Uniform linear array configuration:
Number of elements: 4
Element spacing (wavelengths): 1
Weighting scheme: binomial
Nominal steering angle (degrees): -60
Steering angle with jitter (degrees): -59.917
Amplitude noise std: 0.05
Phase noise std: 0.05

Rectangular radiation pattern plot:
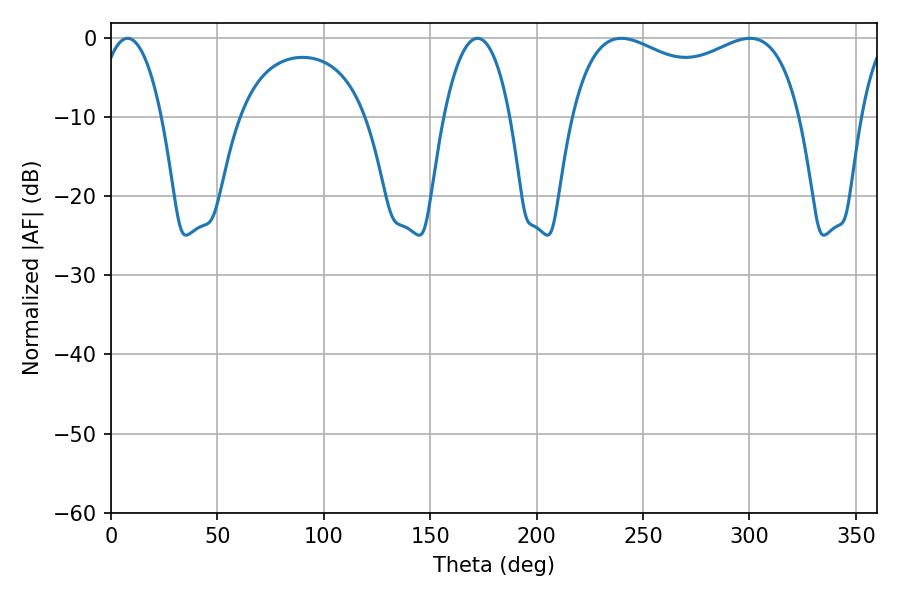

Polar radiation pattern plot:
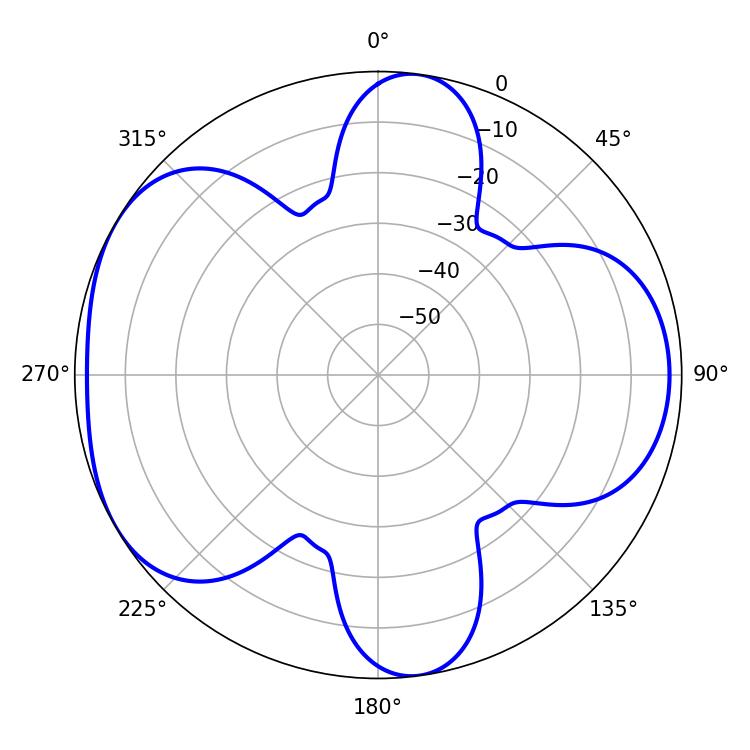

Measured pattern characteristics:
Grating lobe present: TRUE
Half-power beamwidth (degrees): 88.92
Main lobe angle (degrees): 239.76